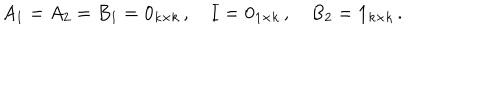
A _ { 1 } = A _ { 2 } = B _ { 1 } = \mathbf { 0 } _ { k \times k } \, , \quad I = \mathbf { 0 } _ { 1 \times k } \, , \quad B _ { 2 } = \mathbf { 1 } _ { k \times k } \, .